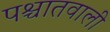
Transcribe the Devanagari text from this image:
पश्चातवाली